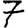
Digit: 7